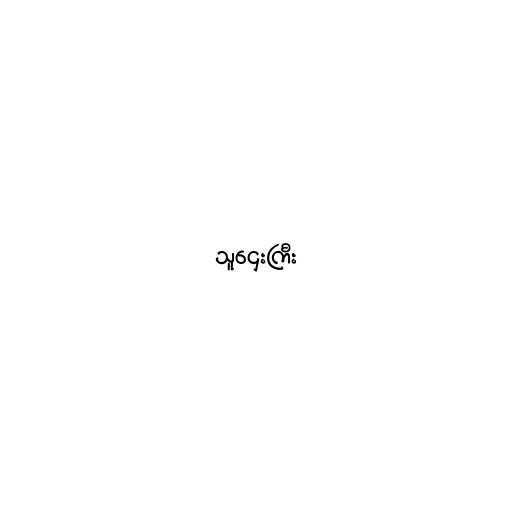
သူဌေးကြီး